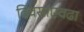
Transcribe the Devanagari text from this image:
दिवसांएवढा